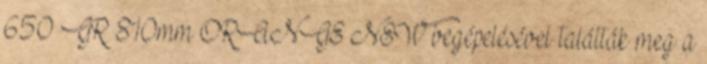
650 GR 810mm ORANGE NEW begépelésével találták meg a